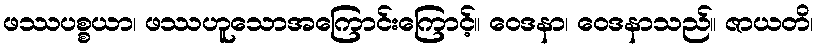
ဖဿပစ္စယာ၊ ဖဿဟူသောအကြောင်းကြောင့်။ ဝေဒနာ၊ ဝေဒနာသည်။ ဇာယတိ၊